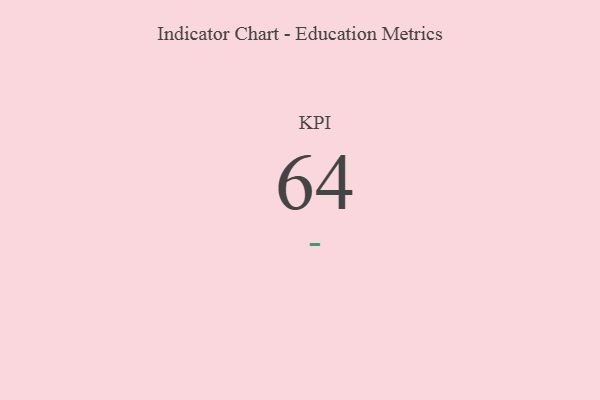
{"axis": {"x": "KPI", "y": "Value"}, "legend": [""], "data": [{"x": "KPI", "y": 64, "type": ""}]}